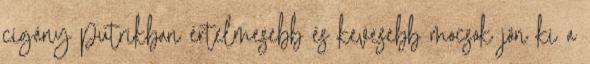
cigány putrikban értelmesebb és kevesebb mocsok jön ki a